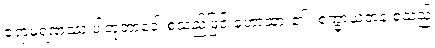
ဇရာမရဏဿ ပါတုဘာဝေါ စသည်ဖြင့် ဟောထား၏။ စက္ခာယတန စသည်